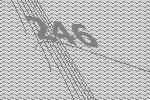
246